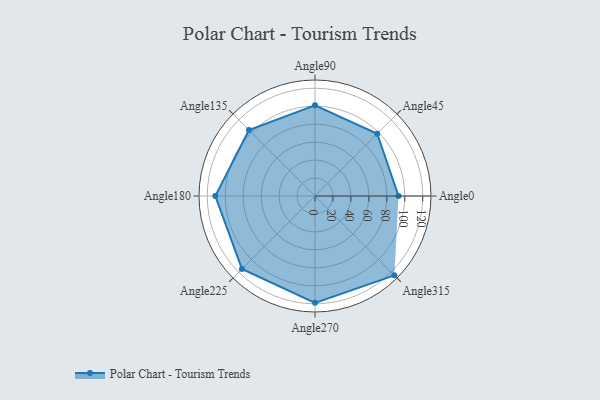
{"axis": {"x": "Angle", "y": "Radius"}, "legend": [""], "data": [{"x": "Angle0", "y": 93.0, "type": ""}, {"x": "Angle45", "y": 98.0, "type": ""}, {"x": "Angle90", "y": 101.0, "type": ""}, {"x": "Angle135", "y": 104.0, "type": ""}, {"x": "Angle180", "y": 111.0, "type": ""}, {"x": "Angle225", "y": 115.0, "type": ""}, {"x": "Angle270", "y": 119.0, "type": ""}, {"x": "Angle315", "y": 125.0, "type": ""}]}